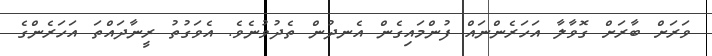
ވަރަށް ބާރަށް ގޮވާލާ އަހަރެންނައް ފުންމައިގެން އެނދުން ތެދުވުނެވެ. އެވަގުތު ރީނާދައްތަ އަހަރެންގެ